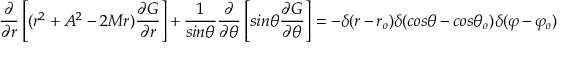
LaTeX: { \frac { \partial } { \partial r } } \left[ ( r ^ { 2 } + A ^ { 2 } - 2 M r ) { \frac { \partial G } { \partial r } } \right] + { \frac { 1 } { s i n \theta } } { \frac { \partial } { \partial \theta } } \left[ s i n \theta { \frac { \partial G } { \partial \theta } } \right] = - \delta ( r - r _ { o } ) \delta ( c o s \theta - c o s { \theta } _ { o } ) \delta ( \varphi - { \varphi } _ { o } )